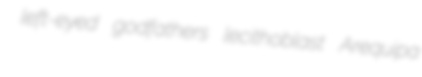
left-eyed godfathers lecithoblast Arequipa